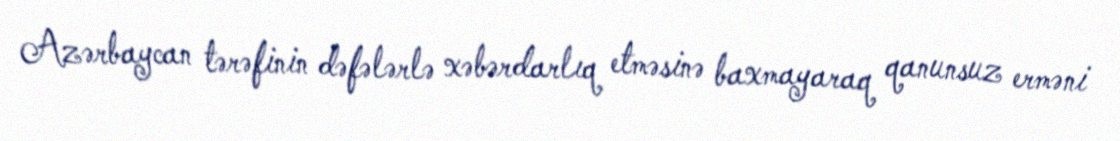
Azərbaycan tərəfinin dəfələrlə xəbərdarlıq etməsinə baxmayaraq qanunsuz erməni